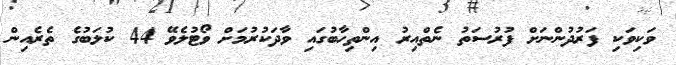
ވަކިވަކި ފަރުދުންނަށް ފުރުސަތު ނެތްއިރު އިންތިހާބުގައި ވާދަކުރުމަށް ވޯޓުލެވޭ 44 ކުލަބުގެ ތެރެއިން